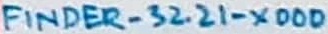
Text: FINDER-32.21-X000